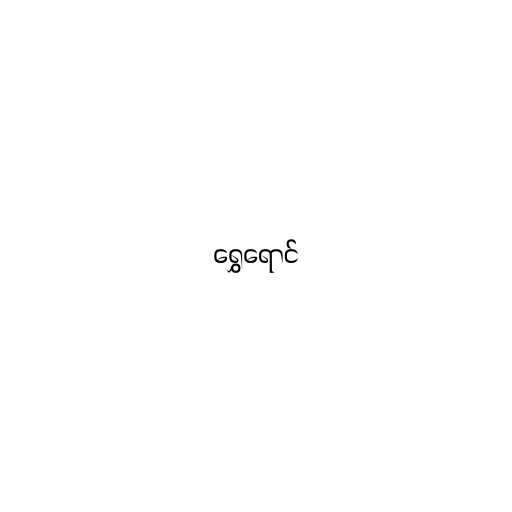
ရွှေရောင်